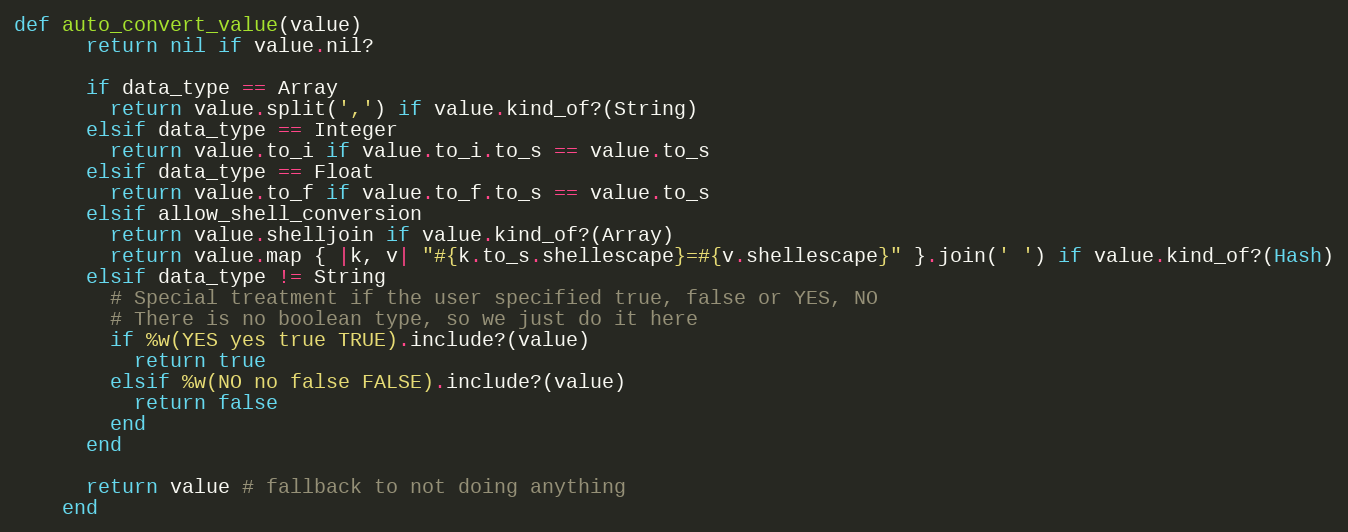
Language: Ruby
def auto_convert_value(value)
      return nil if value.nil?

      if data_type == Array
        return value.split(',') if value.kind_of?(String)
      elsif data_type == Integer
        return value.to_i if value.to_i.to_s == value.to_s
      elsif data_type == Float
        return value.to_f if value.to_f.to_s == value.to_s
      elsif allow_shell_conversion
        return value.shelljoin if value.kind_of?(Array)
        return value.map { |k, v| "#{k.to_s.shellescape}=#{v.shellescape}" }.join(' ') if value.kind_of?(Hash)
      elsif data_type != String
        # Special treatment if the user specified true, false or YES, NO
        # There is no boolean type, so we just do it here
        if %w(YES yes true TRUE).include?(value)
          return true
        elsif %w(NO no false FALSE).include?(value)
          return false
        end
      end

      return value # fallback to not doing anything
    end